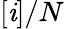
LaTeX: [\mathit{i}]/N